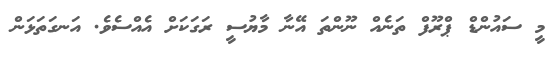
މީ ސައުންޑް ޕްރޫފް ތަނެއް ނޫންތަ އޭނާ މާޔުސީ ރަގަކަށް އެއްސެވެ. އަނގަތަޅަން